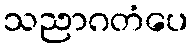
သညာဂတံပေ